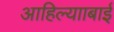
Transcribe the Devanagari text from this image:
आहिल्यााबाई